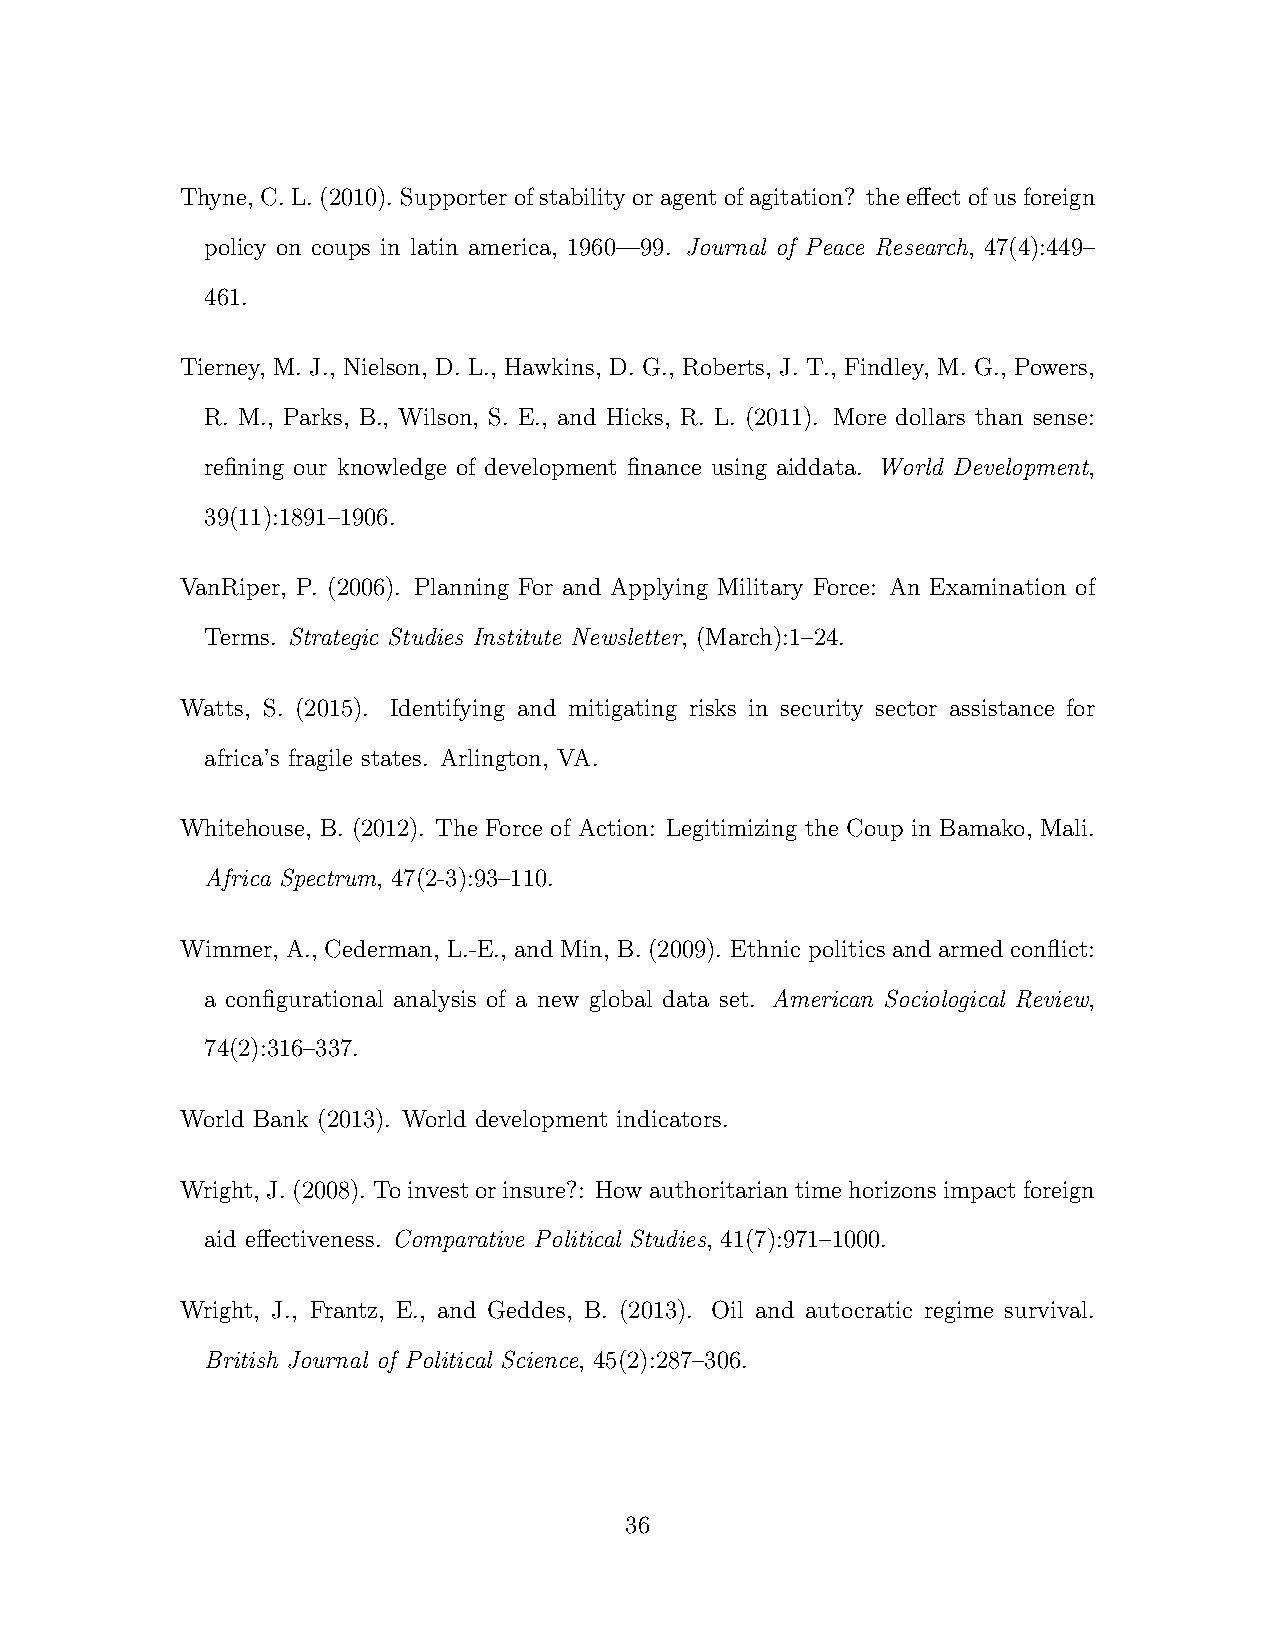
Thyne, C.L.(2010). Supporterofstabilityoragentofagitation? thee↵ectofusforeign
 policy on coups in latin america, 1960—99. Journal of Peace Research, 47(4):449–
 461.
 Tierney, M. J., Nielson, D. L., Hawkins, D. G., Roberts, J. T., Findley, M. G., Powers,
 R. M., Parks, B., Wilson, S. E., and Hicks, R. L. (2011). More dollars than sense:
 refining our knowledge of development finance using aiddata. World Development,
 39(11):1891–1906.
 VanRiper, P. (2006). Planning For and Applying Military Force: An Examination of
 Terms. Strategic Studies Institute Newsletter, (March):1–24.
 Watts, S. (2015). Identifying and mitigating risks in security sector assistance for
 africa’s fragile states. Arlington, VA.
 Whitehouse, B. (2012). The Force of Action: Legitimizing the Coup in Bamako, Mali.
 Africa Spectrum, 47(2-3):93–110.
 Wimmer, A., Cederman, L.-E., and Min, B. (2009). Ethnic politics and armed conflict:
 a configurational analysis of a new global data set. American Sociological Review,
 74(2):316–337.
 World Bank (2013). World development indicators.
 Wright, J.(2008). Toinvestorinsure?: Howauthoritariantimehorizonsimpactforeign
 aid e↵ectiveness. Comparative Political Studies, 41(7):971–1000.
 Wright, J., Frantz, E., and Geddes, B. (2013). Oil and autocratic regime survival.
 British Journal of Political Science, 45(2):287–306.
 36